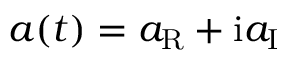
a ( t ) = a _ { \mathrm { R } } + \mathrm { i } a _ { \mathrm { I } }